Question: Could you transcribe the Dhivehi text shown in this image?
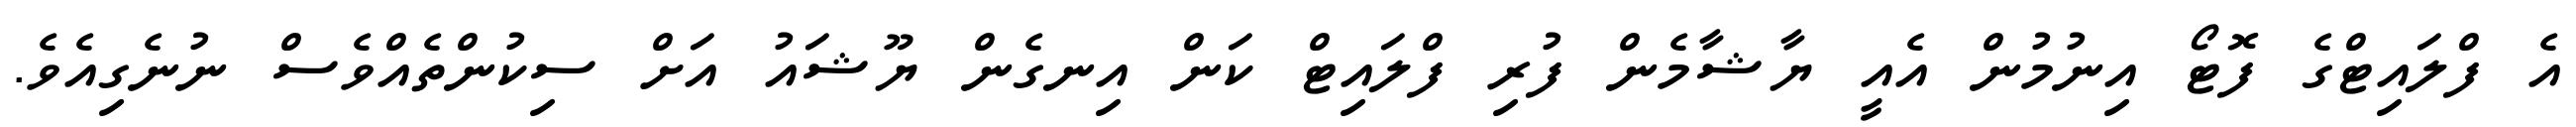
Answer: އެ ފްލައިޓްގެ ފޮޓޯ އިނުމުން އެއީ ޔާޝާމެން ފުރި ފްލައިޓް ކަން އިނގެން ޔޫޝައު އަށް ސިކުންތެއްވެސް ނުނެގިއެވެ.